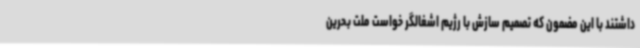
داشتند با این مضمون که تصمیم سازش با رژیم اشغالگر خواست ملت بحرین